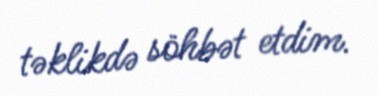
təklikdə söhbət etdim.